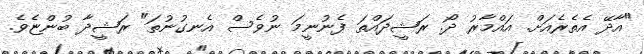
"އާދޭ އެތެރެއަށް. އައްމާރު ދޯ. ރަޝީދައްތަ ފެނުނީމަ ނުވެސް އެނގުނުތަ" ރަޝީދާ ބުންޏެވެ.